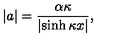
| a | = \frac { \alpha \kappa } { \left| \sinh \kappa x \right| } ,